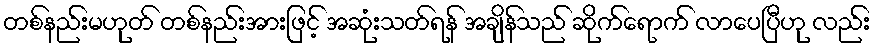
တစ်နည်းမဟုတ် တစ်နည်းအားဖြင့် အဆုံးသတ်ရန် အချိန်သည် ဆိုက်ရောက် လာပေပြီဟု လည်း